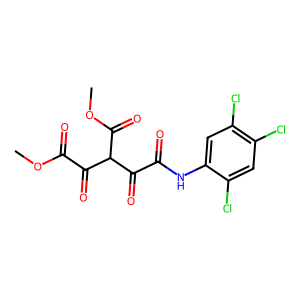
SMILES: COC(=O)C(=O)C(C(=O)OC)C(=O)C(=O)Nc1cc(Cl)c(Cl)cc1Cl
Inhibits HIV replication: No